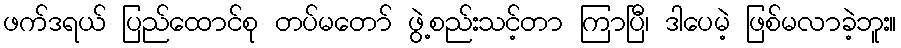
ဖက်ဒရယ် ပြည်ထောင်စု တပ်မတော် ဖွဲ့စည်းသင့်တာ ကြာပြီ၊ ဒါပေမဲ့ ဖြစ်မလာခဲ့ဘူး။